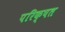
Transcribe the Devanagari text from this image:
परिक्षत